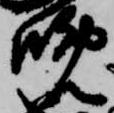
晩